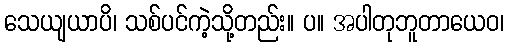
သေယျယာပိ၊ သစ်ပင်ကဲ့သို့တည်း။ ပ။ အပါတုဘူတာယေဝ၊